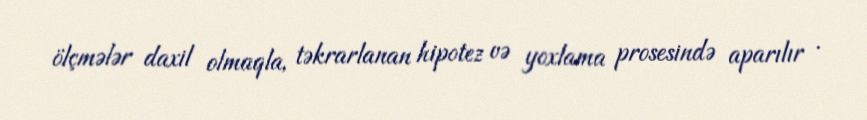
ölçmələr daxil olmaqla, təkrarlanan hipotez və yoxlama prosesində aparılır .